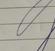
Signature authenticity: genuine